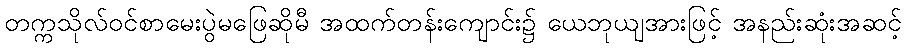
တက္ကသိုလ်ဝင်စာမေးပွဲမဖြေဆိုမီ အထက်တန်းကျောင်း၌ ယေဘုယျအားဖြင့် အနည်းဆုံးအဆင့်